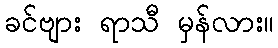
ခင်ဗျား ရာသီ မှန်လား။